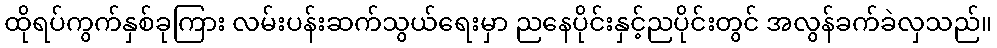
ထိုရပ်ကွက်နှစ်ခုကြား လမ်းပန်းဆက်သွယ်ရေးမှာ ညနေပိုင်းနှင့်ညပိုင်းတွင် အလွန်ခက်ခဲလှသည်။